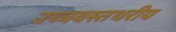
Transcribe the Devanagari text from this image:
उच्चवस्तथरीय